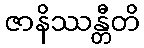
ဇာနိဿန္တီတိ